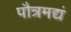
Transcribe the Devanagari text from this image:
पौत्रमद्यं